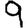
Digit: 9